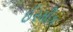
ઈરમીક